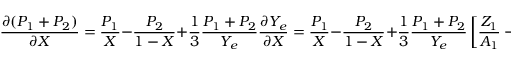
{ \frac { \partial ( P _ { 1 } + P _ { 2 } ) } { \partial X } } = { \frac { P _ { 1 } } { X } } - { \frac { P _ { 2 } } { 1 - X } } + { \frac { 1 } { 3 } } { \frac { P _ { 1 } + P _ { 2 } } { Y _ { e } } } { \frac { \partial Y _ { e } } { \partial X } } = { \frac { P _ { 1 } } { X } } - { \frac { P _ { 2 } } { 1 - X } } + { \frac { 1 } { 3 } } { \frac { P _ { 1 } + P _ { 2 } } { Y _ { e } } } \left[ { \frac { Z _ { 1 } } { A _ { 1 } } } - { \frac { Z _ { 2 } } { A _ { 2 } } } \right] .